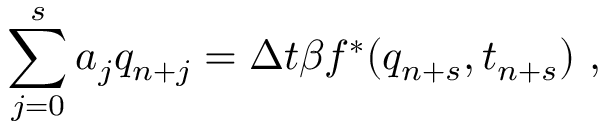
\sum _ { j = 0 } ^ { s } a _ { j } q _ { n + j } = \Delta t \beta f ^ { * } ( q _ { n + s } , t _ { n + s } ) \mathrm { ~ , ~ }